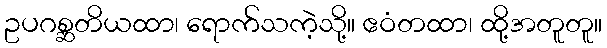
ဥပဂစ္ဆတိယထာ၊ ရောက်သကဲ့သို့။ ဧဝံတထာ၊ ထို့အတူတူ။